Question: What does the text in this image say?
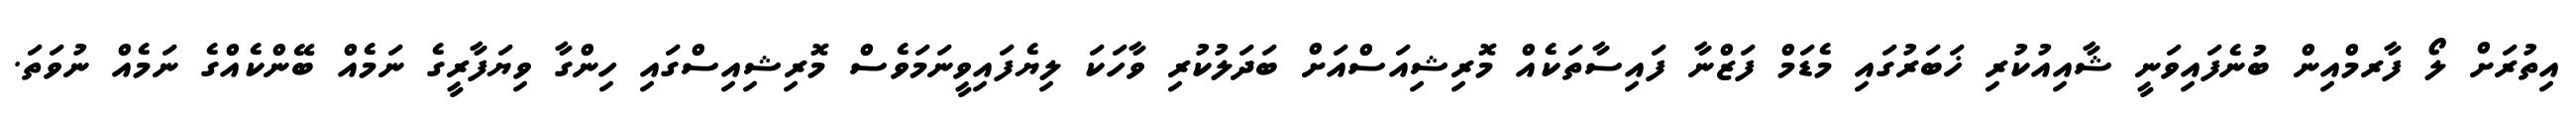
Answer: އިތުރަށް ލޯ ފާރމްއިން ބުނެފައިވަނީ ޝާއިއުކުރި ޚަބަރުގައި މެޑަމް ފަޒްނާ ފައިސާތަކެއް މޮރިޝިއަސްއަށް ބަދަލުކުރި ވާހަކަ ލިޔެފައިވީނަމަވެސް މޮރިޝިއިސްގައި ހިންގާ ވިޔަފާރީގެ ނަމެއް ބޭންކެއްގެ ނަމެއް ނުވަތަ.